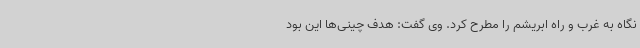
نگاه به غرب و راه ابریشم را مطرح کرد. وی گفت: هدف چینی‌ها این بود